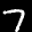
Label: 7